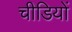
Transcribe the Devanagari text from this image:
चीडियों